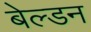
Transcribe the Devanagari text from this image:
बेल्डन